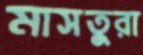
মাসতুরা